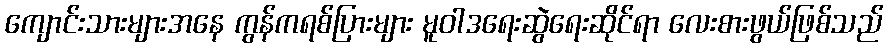
ကျောင်းသားများအနေ ကွန်ကရစ်ပြားများ မူဝါဒရေးဆွဲရေးဆိုင်ရာ လေးစားဖွယ်ဖြစ်သည်